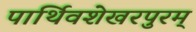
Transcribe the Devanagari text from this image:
पार्थिवशेखरपुरम्